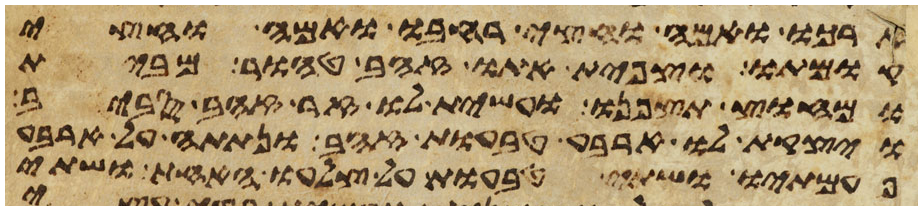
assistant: ארכו ואמה וחצי רחבו ואמה וחצי
קומתו וצפית אתו זהב טהור מבית
ומחוץ תצפנו ועשית לו זר זהב סביב
ויצקת לו ארבע טבעות זהב ונתתה על ארבע
פעמתיו ושתי טבעות על צלעו האחד ושתי